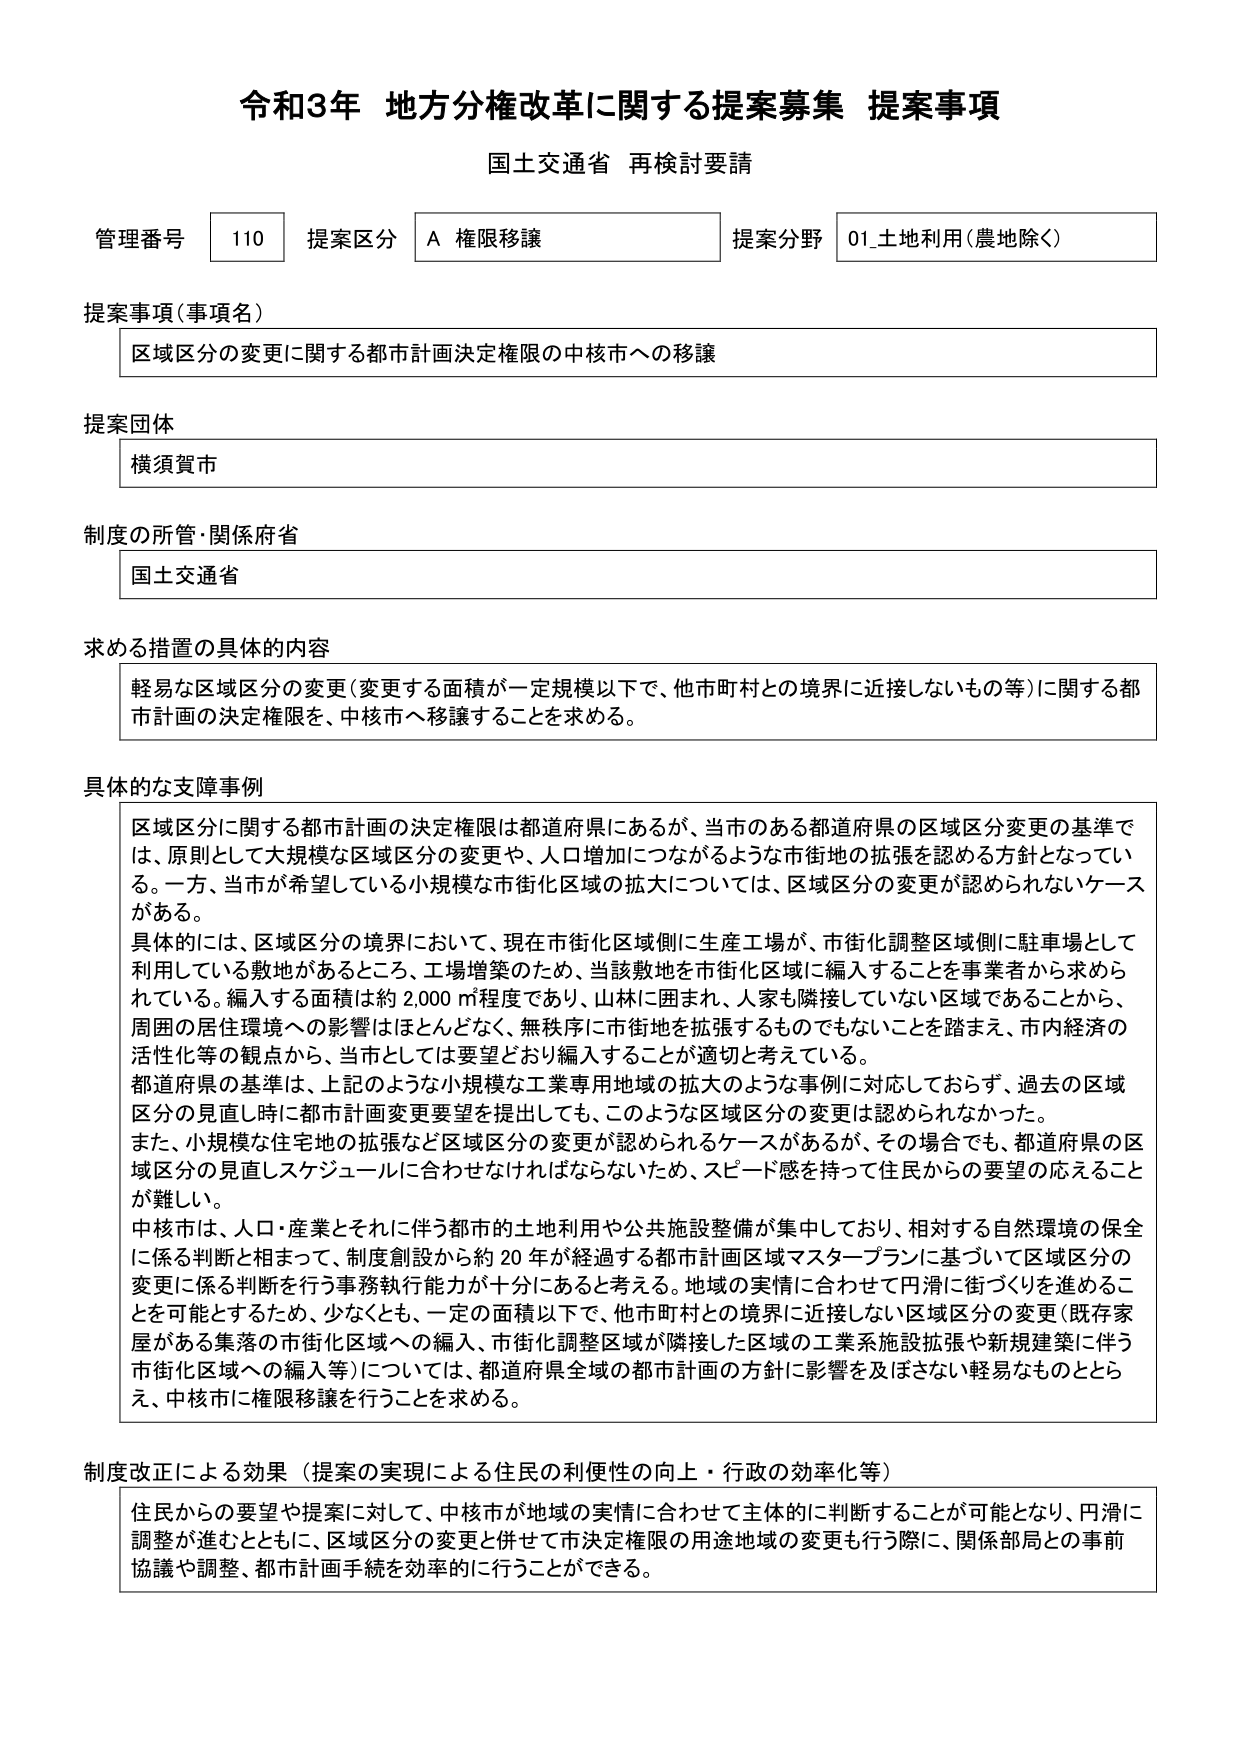
令和3年 地方分権改革に関する提案募集 提案事項
国土交通省 再検討要請

管理番号 110 提案区分 A 権限移譲 提案分野 01_土地利用（農地除く）

提案事項（事項名）
区域区分の変更に関する都市計画決定権限の中核市への移譲

提案団体
横須賀市

制度の所管・関係府省
国土交通省

求める措置の具体的内容
軽易な区域区分の変更（変更する面積が一定規模以下で、他市町村との境界に近接しないもの等）に関する都市計画の決定権限を、中核市へ移譲することを求める。

具体的な支障事例
区域区分に関する都市計画の決定権限は都道府県にあるが、当市のある都道府県の区域区分変更の基準では、原則として大規模な区域区分の変更や、人口増加につながるような市街地の拡張を認める方針となっている。一方、当市が希望している小規模な市街化区域の拡大については、区域区分の変更が認められないケースがある。
具体的には、区域区分の境界において、現在市街化区域側に生産工場が、市街化調整区域側に駐車場として利用している敷地があるところ、工場増築のため、当該敷地を市街化区域に編入することを事業者から求められている。編入する面積は約2,000㎡程度であり、山林に囲まれ、人家も隣接していない区域であることから、周囲の居住環境への影響はほとんどなく、無秩序に市街地を拡張するものでもないことを踏まえ、市内経済の活性化等の観点から、当市としては要望どおり編入することが適切と考えている。
都道府県の基準は、上記のような小規模な工業専用地域の拡大のような事例に対応しておらず、過去の区域区分の見直し時に都市計画変更要望を提出しても、このような区域区分の変更は認められなかった。
また、小規模な住宅地の拡張など区域区分の変更が認められるケースがあるが、その場合でも、都道府県の区域区分の見直しスケジュールに合わせなければならないため、スピード感を持って住民からの要望の応えることが難しい。
中核市は、人口・産業とそれに伴う都市的土地利用や公共施設整備が集中しており、相対する自然環境の保全に係る判断と相まって、制度創設から約20年が経過する都市計画区域マスタープランに基づいて区域区分の変更に係る判断を行う事務執行能力が十分にあると考える。地域の実情に合わせて円滑に街づくりを進めることを可能とするため、少なくとも、一定の面積以下で、他市町村との境界に近接しない区域区分の変更（既存家屋がある集落の市街化区域への編入、市街化調整区域が隣接した区域の工業系施設拡張や新規建築に伴う市街化区域への編入等）については、都道府県全域の都市計画の方針に影響を及ぼさない軽易なものととらえ、中核市に権限移譲を行うことを求める。

制度改正による効果（提案の実現による住民の利便性の向上・行政の効率化等）
住民からの要望や提案に対して、中核市が地域の実情に合わせて主体的に判断することが可能となり、円滑に調整が進むとともに、区域区分の変更と併せて市決定権限の用途地域の変更も行う際に、関係部局との事前協議や調整、都市計画手続を効率的に行うことができる。